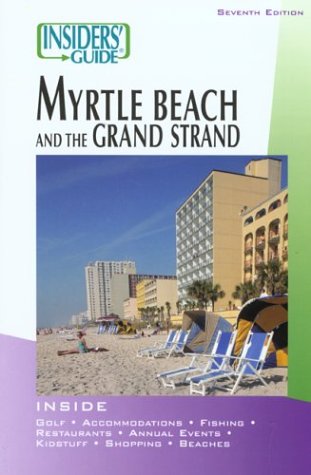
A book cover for Insiders' Guide to Myrtle Beach and the Grand Strand (Insiders' Guide Series); Kimberly Allyson Duncan; Travel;